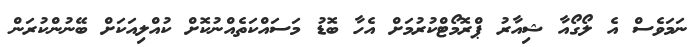
ނަމަވެސް އެ ލޯގޯއާ ޝިއާރު ޕްރޮމޯޓްކުރުމަށް އެހާ ބޮޑު މަސައްކަތެއްނުކޮށް ކުއްލިއަކަށް ބޭނުންކުރަން